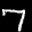
Label: 7